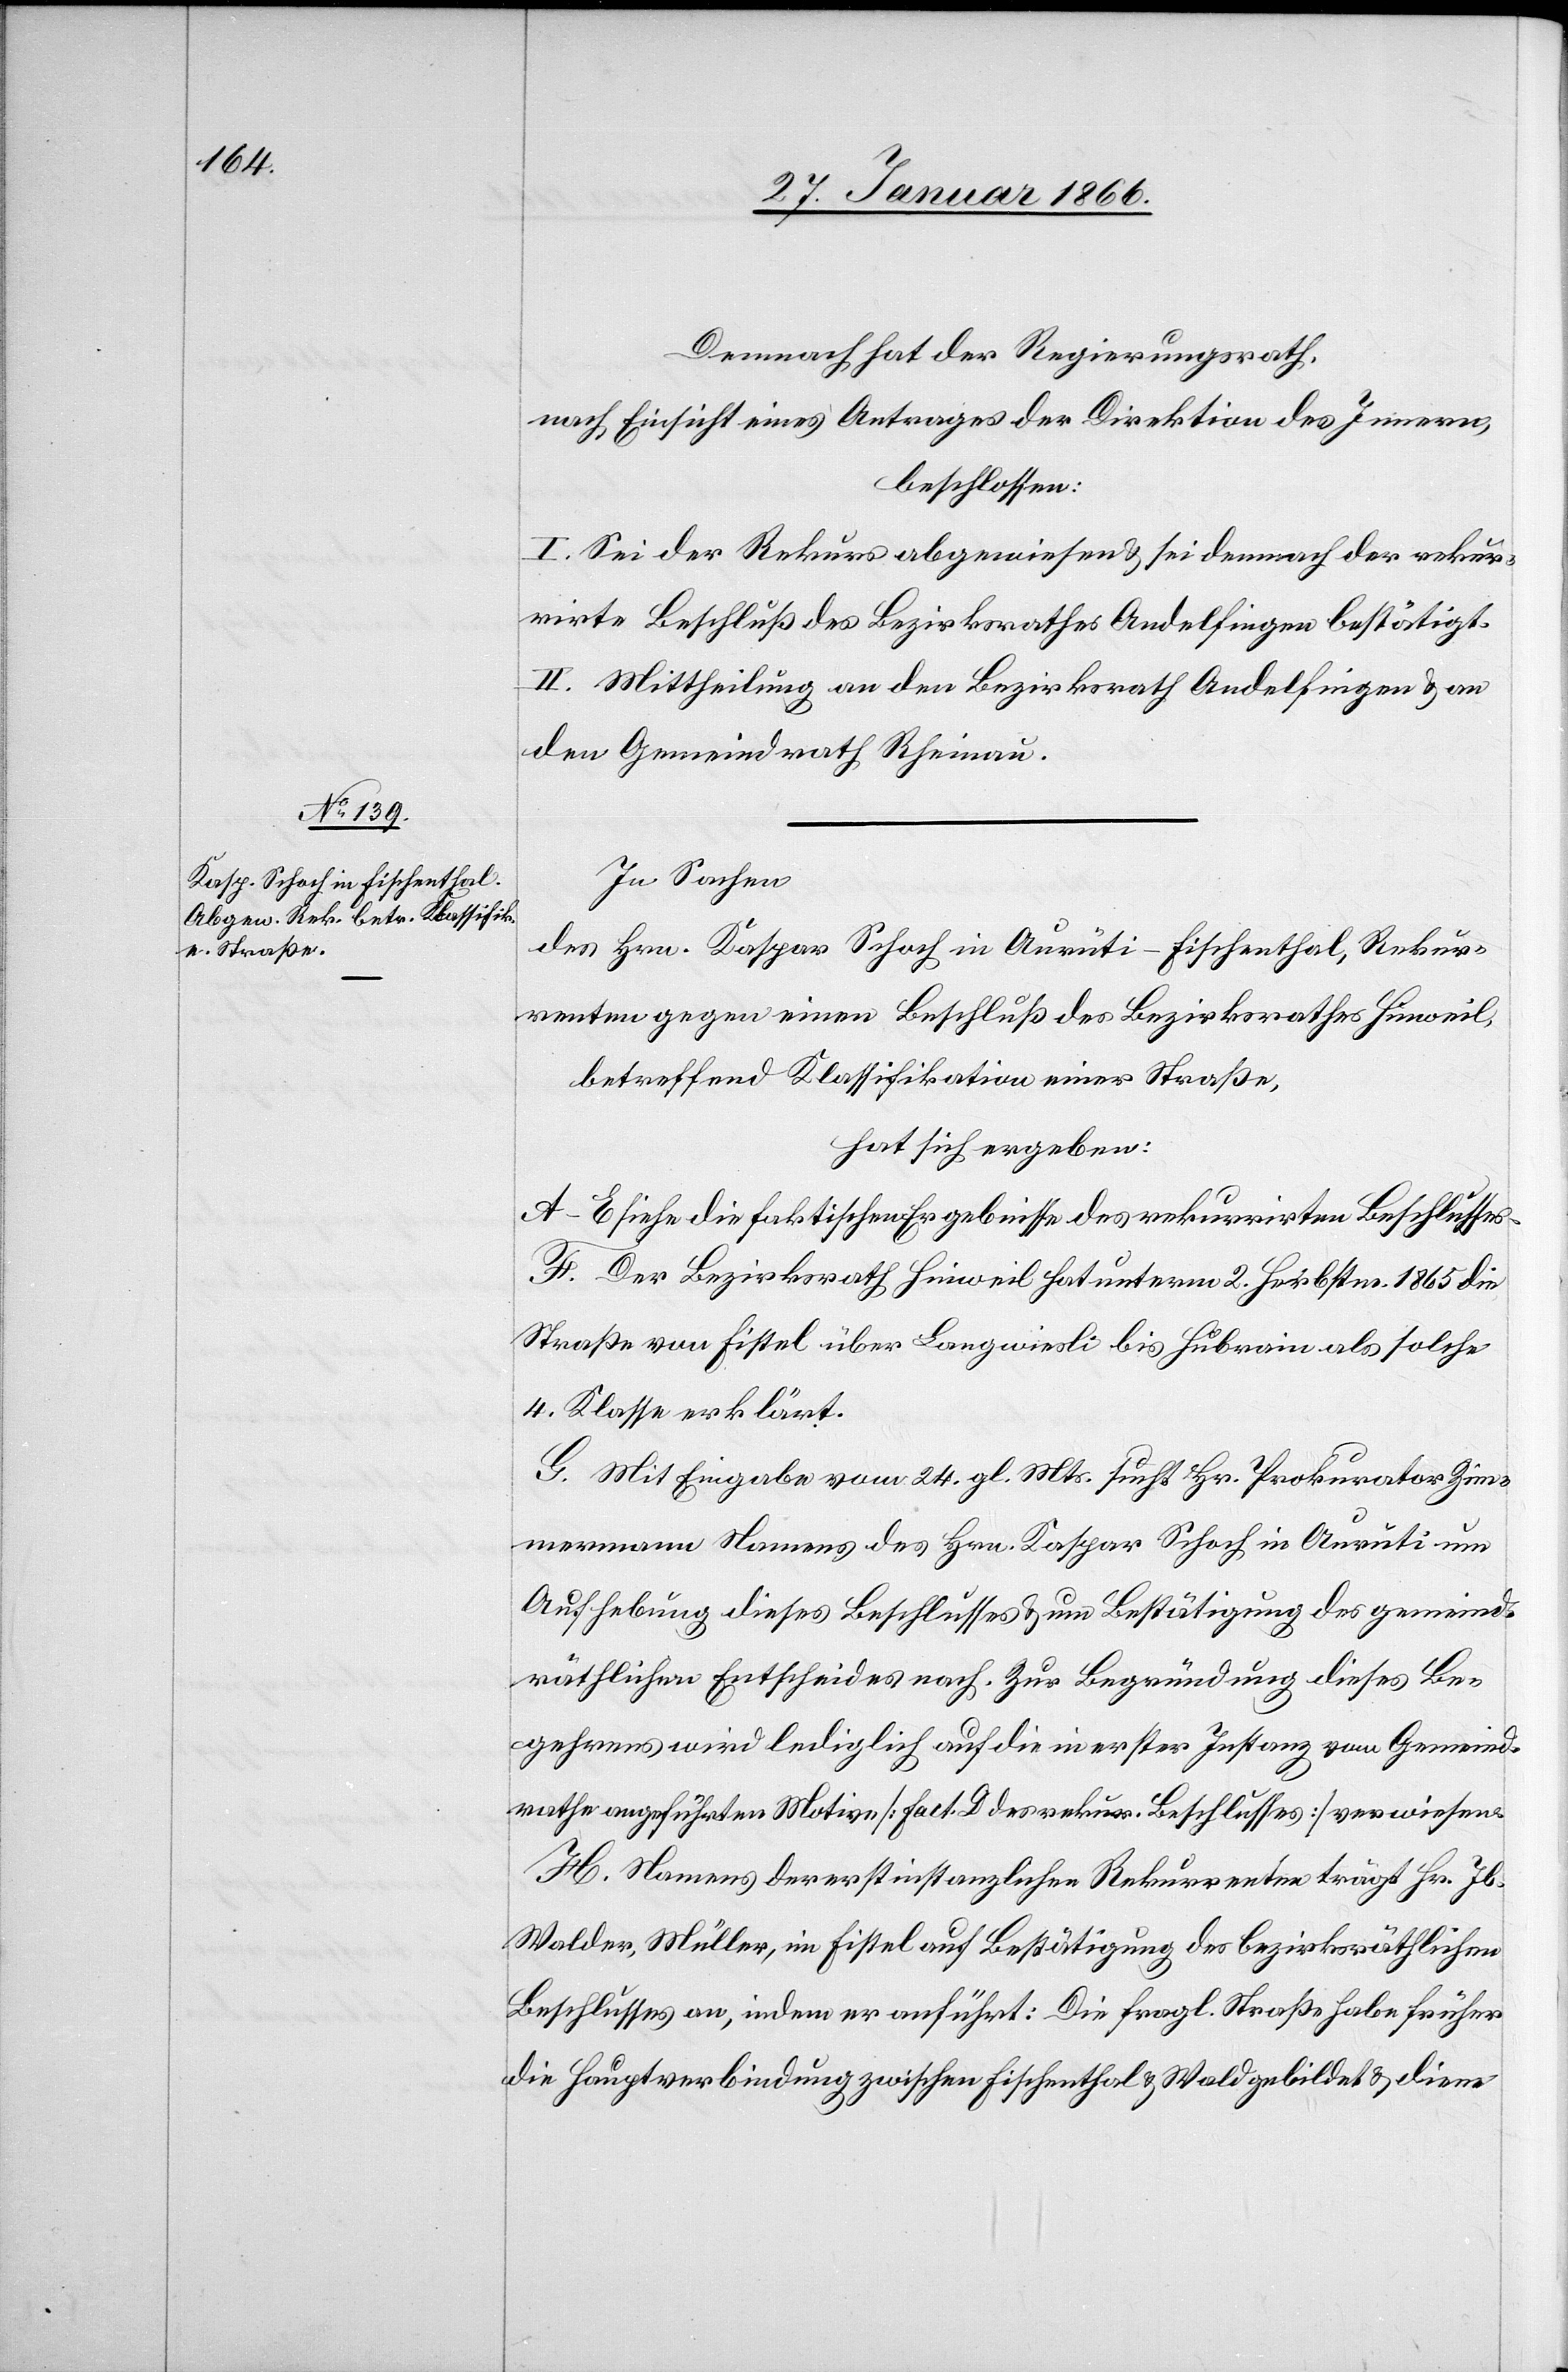
Demnach hat der Regierungsrath,
nach Einsicht eines Antrages der Direktion des Innern,
beschlossen:
I. Sei der Rekurs abgewiesen u. sei demnach der rekur¬
rirte Beschluß des Bezirksrathes Andelfingen bestätigt.
II. Mittheilung an den Bezirksrath Andelfingen u. an
den Gemeindrath Rheinau.
In Sachen
des Hrn. Kaspar Schoch in Aurüti-Fischenthal, Rekur¬
renten gegen einen Beschluß des Bezirksrathes Hinweil,
betreffend Klassifikation einer Straße,
hat sich ergeben:
A–E siehe die faktischen Ergebnisse des rekurrirten Beschlusses.
F. Der Bezirksrath Hinweil hat unterm 2. Herbstm. 1865 die
Straße von Fistel über Langwiesli bis Hubrain als solche
4. Klasse erklärt.
G. Mit Eingabe vom 24. gl. Mts. sucht Hr. Prokurator Zim¬
mermann Namens des Hrn. Kaspar Schoch in Aurüti um
Aufhebung dieses Beschlusses u. um Bestätigung des gemeind¬
räthlichen Entscheides nach. Zur Begründung dieses Be¬
gehrens wird lediglich auf die in erster Instanz vom Gemeind¬
rathe angeführten Motive [Fact. D des rekur. Beschlusses] verwiesen.
H. Namens der erstinstanzlichen Rekurrenten trägt Hr. Jb.
Walder, Müller, im Fistel auf Bestätigung des bezirksräthlichen
Beschlusses, indem er anführt: Die fragl. Straße habe früher
die Hauptverbindung zwischen Fischenthal u. Wald gebildet u. diene